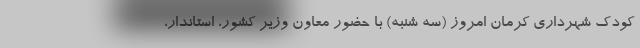
کودک شهرداری کرمان امروز (سه شنبه) با حضور معاون وزیر کشور، استاندار،